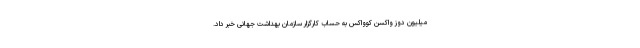
میلیون دوز واکسن کوواکس به حساب کارگزار سازمان بهداشت جهانی خبر داد.